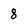
Character: 8